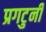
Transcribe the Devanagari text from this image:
प्रगटुनी